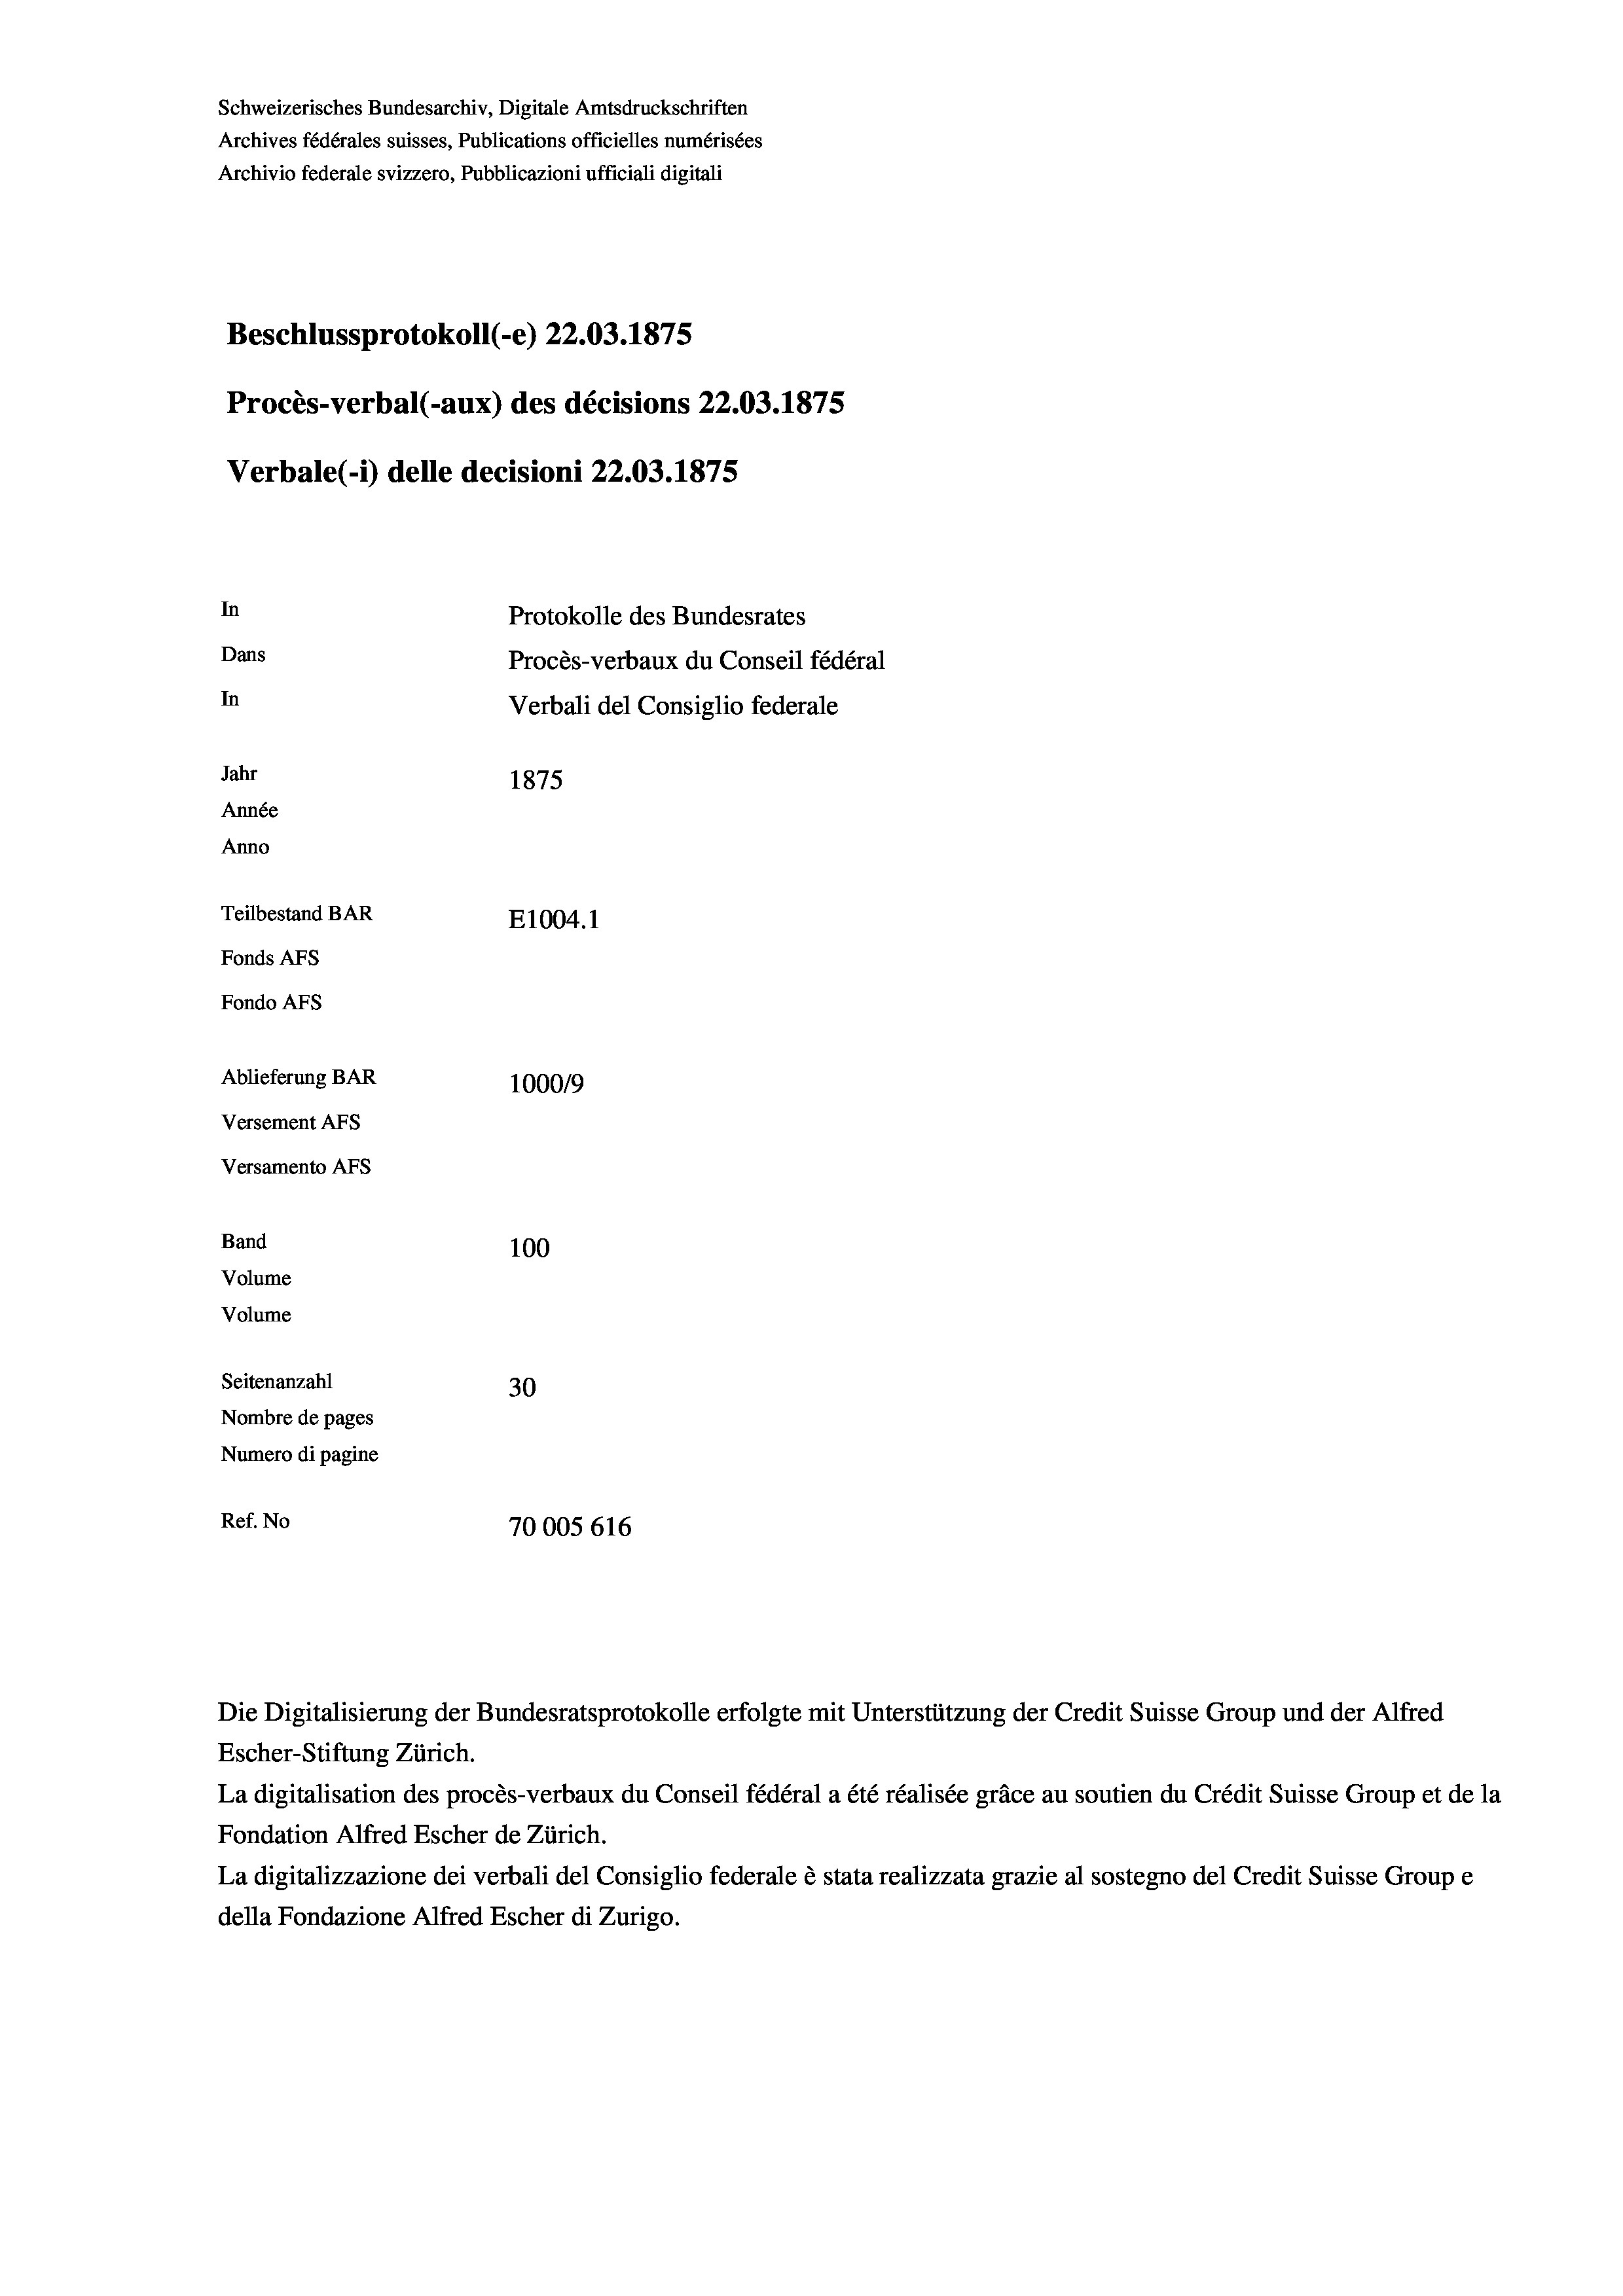
Schweizerisches Bundesarchiv, Digitale Amtsdruckschriften
Archives fédérales suisses, Publications officielles numérisées
Archivio federale svizzero, Pubblicazioni ufficiali digitali
Beschlussprotokoll (-e) 22.03. 1875
Procès-verbal (-aux) des décisions 22.03. 1875
Verbale(-*) delle decisioni 22.03. 1875
In
Protokolle des Bundesrates
Dans
Procès-verbaux du Conseil fédéral
In
Verbali del Consiglio federale
Jahr
1875
Année
Anno
Teilbestand BAR
E1004. 1
Fonds AFs
Fondo AFs
Ablieferung BAR
1000/9
Versement Abs
Versamento AFs
Band
100
Volume
Volume

Seitenanzahl
30
Nombre de pages
Numero di pagine
Ref. No
70005 616

Die Digitalisierung der Bundesratsprotokolle erfolgte mit Unterstützung der Credit Suisse Group und der Alfred
Escher-Stiftung Zürich.
La digitalisation des procès-verbaux du Conseil fédéral a été réalisée gräce au soutien du Crédit Suisse Group et de la
Fondation Alfred Escher de Zürich.
La digitalizzazione dei verbali del Consiglio federale è stata realizzata grazie al sostegno del Credit Suisse Groupe
della Fondazione Alfred Escher di Zurigo.